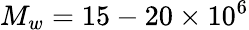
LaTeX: M_{w}=15-20\times 10^{6}